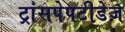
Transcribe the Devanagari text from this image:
ट्रांसपेपटीडेज़